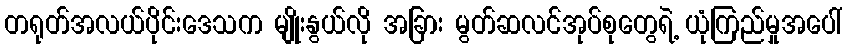
တရုတ်အလယ်ပိုင်းဒေသက မျိုးနွယ်လို အခြား မွတ်ဆလင်အုပ်စုတွေရဲ့ ယုံကြည်မှုအပေါ်